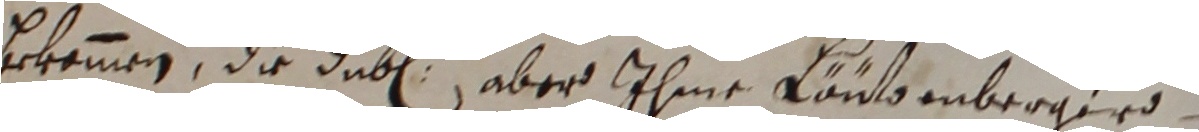
bekemmen, die dube aber ihme kautenberger